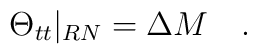
\Theta_{tt}\vert_{RN}=\Delta M  \quad .